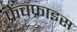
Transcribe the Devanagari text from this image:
फ्रेंचफ्राइस